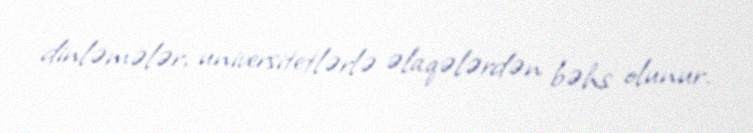
dinləmələr, universitetlərlə əlaqələrdən bəhs olunur.